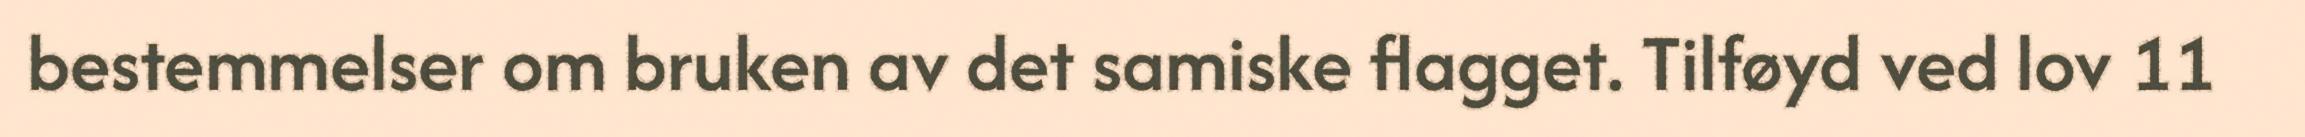
bestemmelser om bruken av det samiske flagget. Tilføyd ved lov 11